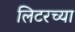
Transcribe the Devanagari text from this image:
लिटरच्या